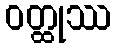
ဝတ္ထုဿ